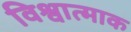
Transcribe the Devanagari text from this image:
विश्वात्माक